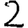
Digit: 2